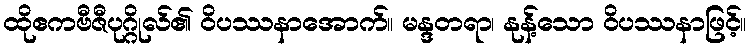
ထိုဧကဗီဇီပုဂ္ဂိုလ်၏ ဝိပဿနာအောက်။ မန္ဒတရာ၊ နုန့်သော ဝိပဿနာဖြင့်။